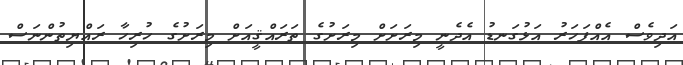
އަދިވެސް އެއްފަހަރު އަޅުގަނޑު އެދެނީ މިރަށަށް މިރަށުގެ ތަރައްޤީއަށް މިރަށުގެ ހުރިހާ ރައްޔިތުންނަސް